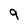
Character: 9